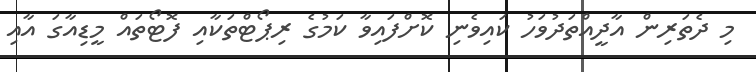
މި ދެތަރިން އާދީއްތަދުވަހު ކައިވެނި ކޮށްފައިވާ ކަމުގެ ރިޕޯޓްތަކާއި ފޮޓޯތައް މީޑިއާގަ އާއި